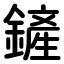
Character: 鏟